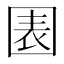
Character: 𡈂